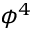
\phi ^ { 4 }